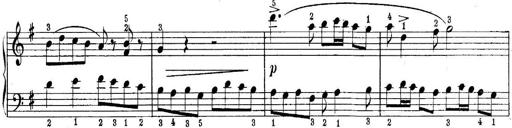
Title: Quatres sonatines
Composer: Tadeusz Joteyko